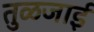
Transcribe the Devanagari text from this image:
तुळजाई